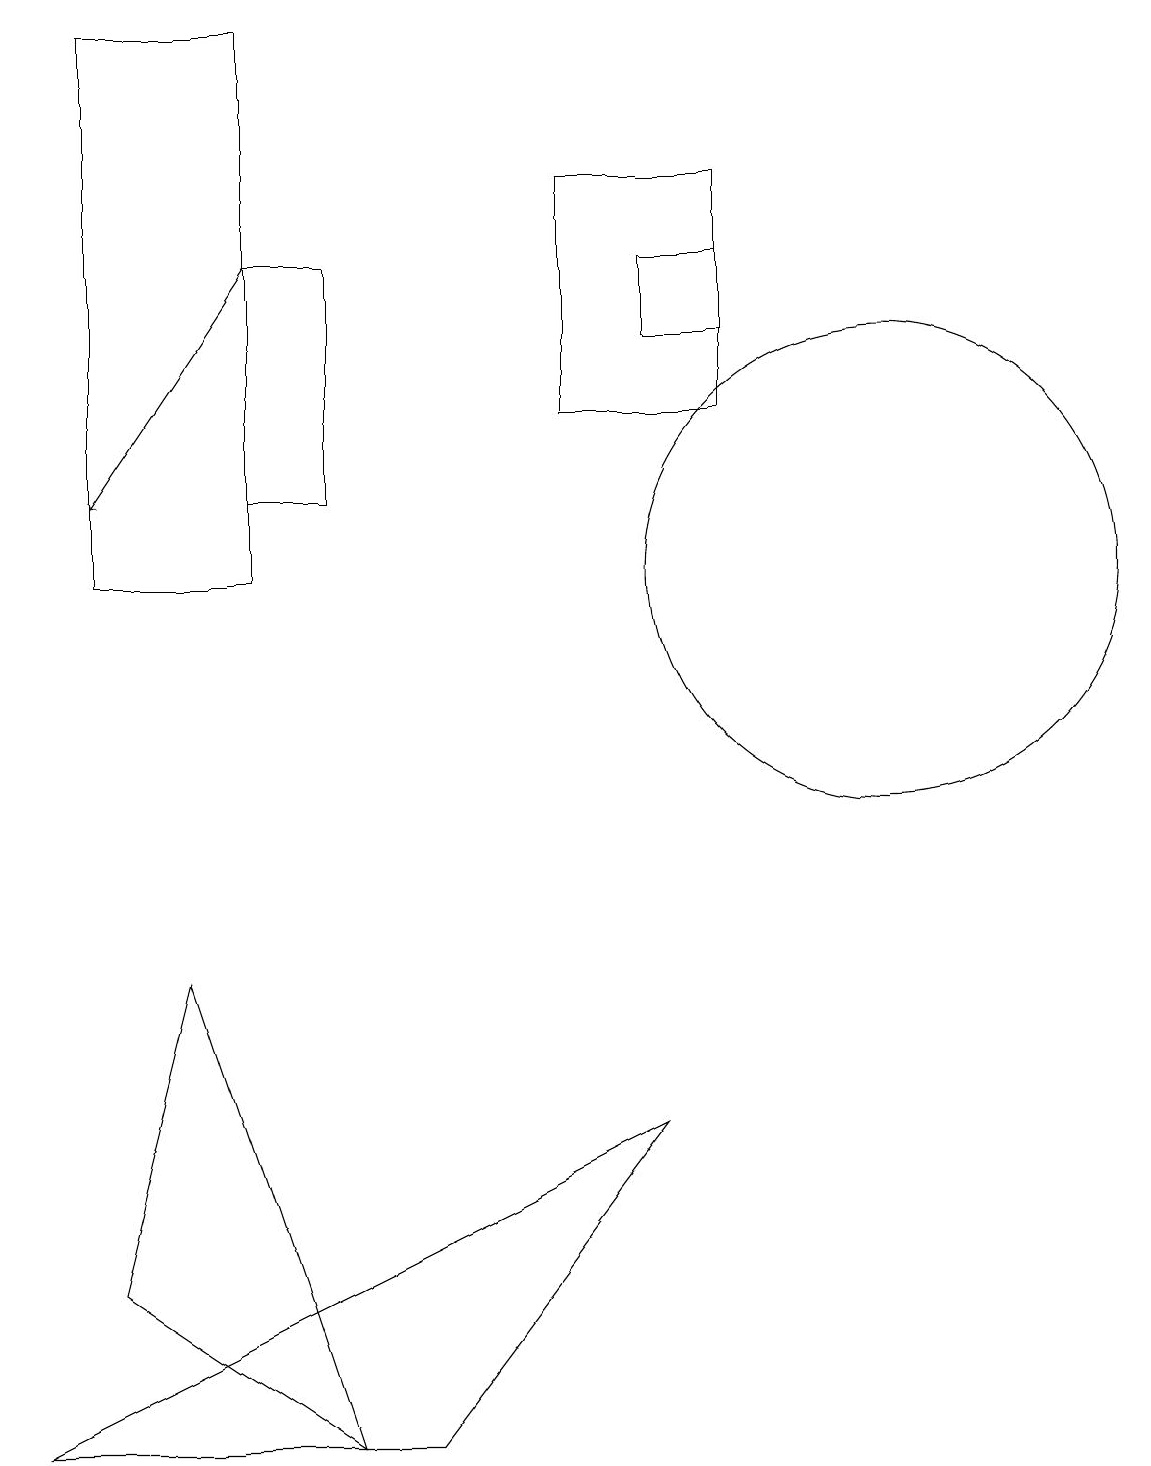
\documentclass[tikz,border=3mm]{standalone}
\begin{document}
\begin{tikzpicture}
\draw[->] (3,16) -- (1,13);
\draw (7,14) rectangle (9,17);
\draw (4,16) rectangle (3,13);
\draw (3,12) rectangle (1,19);
\draw (2,7) -- (1,3) -- (4,1) -- cycle;
\draw (8,16) rectangle (9,15);
\draw (11,12) circle (3);
\draw (5,1) -- (0,1) -- (8,5) -- cycle;
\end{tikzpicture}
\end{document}